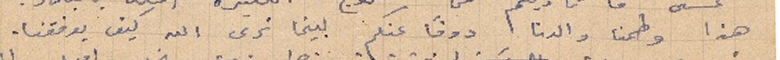
هذا وطمنا والدنا دوماً عنكم لبينما نرى الله كيف يوفقنا.